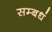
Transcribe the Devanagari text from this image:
सम्बधं